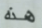
هذه